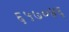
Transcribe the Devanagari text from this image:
६५७०४६